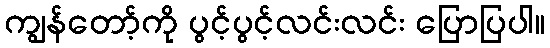
ကျွန်တော့်ကို ပွင့်ပွင့်လင်းလင်း ပြောပြပါ။